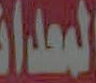
المعدات